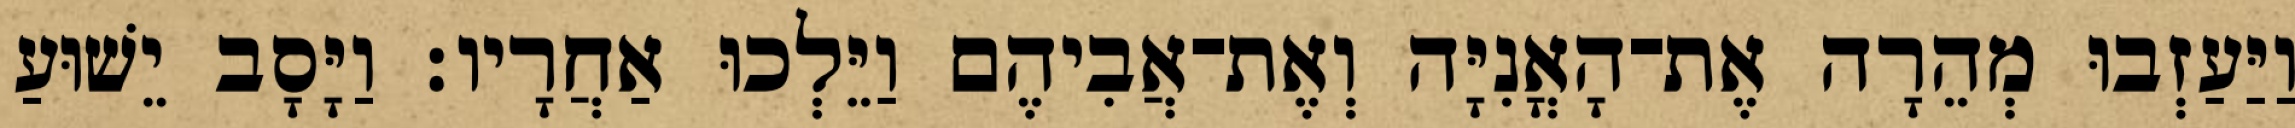
וַיַּעַזְבוּ מְהֵרָה אֶת־הָאֳנִיָּה וְאֶת־אֲבִיהֶם וַיֵּלְכוּ אַחֲרָיו׃ וַיָּסָב יֵשׁוּעַ